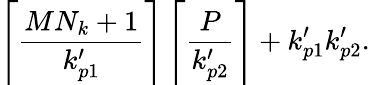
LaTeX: \left\lceil\frac{MN_{k}+1}{k_{p1}^{\prime}}\right\rceil\left\lceil\frac{P}{k_{p2}^{\prime}}\right\rceil+k_{p1}^{\prime}k_{p2}^{\prime}.